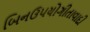
બિનઉપયોગીતાવાદી